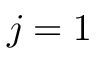
j = 1